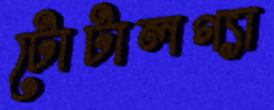
টোটালগ্যা